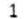
1